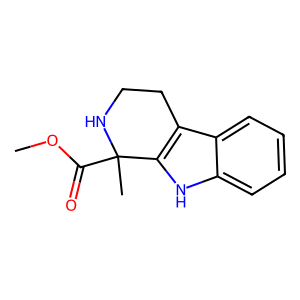
SMILES: COC(=O)C1(C)NCCc2c1[nH]c1ccccc21
Inhibits HIV replication: No